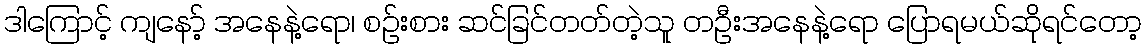
ဒါကြောင့် ကျနော့် အနေနဲ့ရော၊ စဉ်းစား ဆင်ခြင်တတ်တဲ့သူ တဦးအနေနဲ့ရော ပြောရမယ်ဆိုရင်တော့